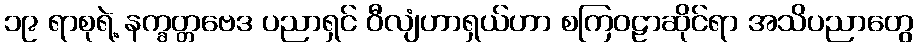
၁၉ ရာစုရဲ့ နက္ခတ္တဗေဒ ပညာရှင် ဝီလျံဟာရှယ်ဟာ စကြဝဠာဆိုင်ရာ အသိပညာတွေ